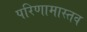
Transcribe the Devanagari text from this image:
परिणामास्तव